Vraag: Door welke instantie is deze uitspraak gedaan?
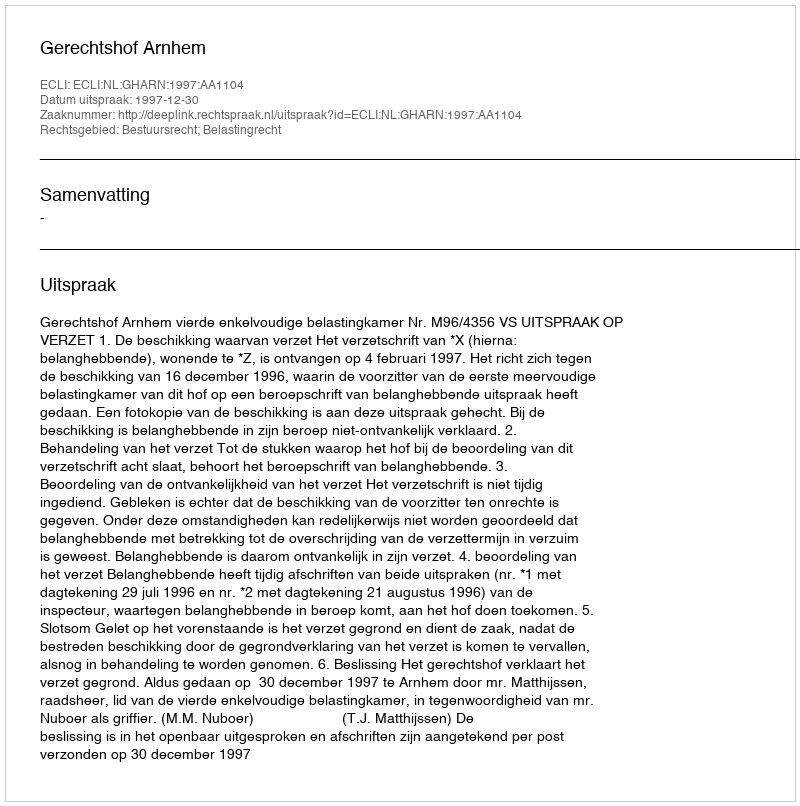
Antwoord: Gerechtshof Arnhem